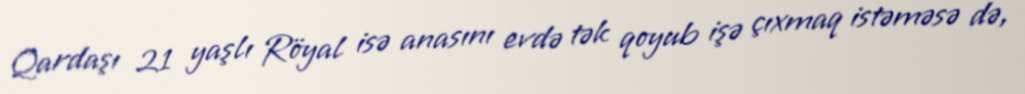
Qardaşı 21 yaşlı Röyal isə anasını evdə tək qoyub işə çıxmaq istəməsə də,